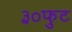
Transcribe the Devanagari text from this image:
३०फुट